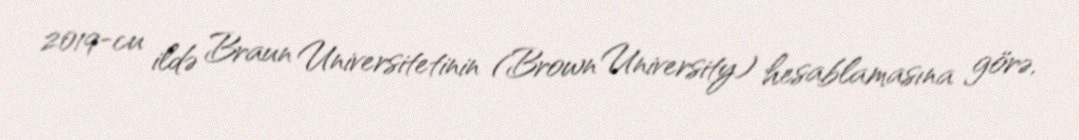
2019-cu ildə Braun Universitetinin (Brown University) hesablamasına görə,